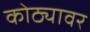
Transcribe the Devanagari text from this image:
कोठ्यावर